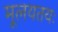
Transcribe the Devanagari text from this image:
मूलयतयः